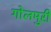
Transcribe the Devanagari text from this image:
गोलमुरी